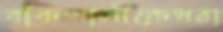
বাঁকখালীকেধরা